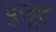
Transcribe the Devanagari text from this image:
वुज़ूद